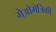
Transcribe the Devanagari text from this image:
गेओमेत्रिकी